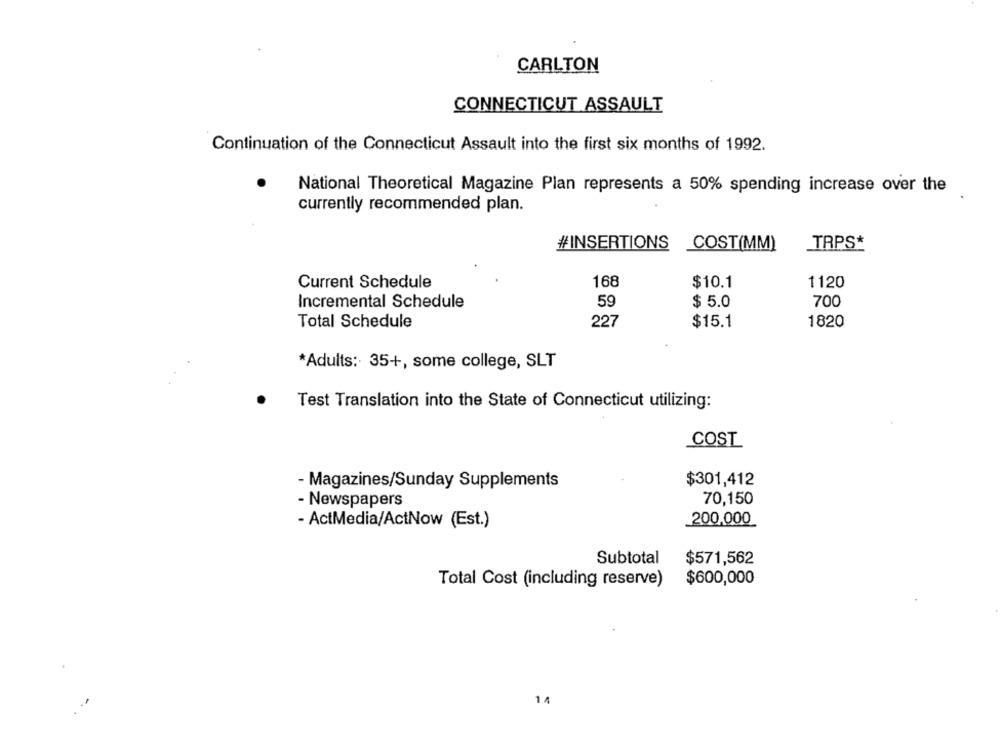
CARLTON
CONNECTICUT ASSAULT
Continuation of the Connecticut Assault into the first six months of 1992.
National Theoretical Magazine Plan represents a 50% spending increase over the
currently recommended plan.
#INSERTIONS COST(MM)
TRPS*
Current Schedule
168
$10.1
1120
Incremental Schedule
59
$ 5.0
700
227
Total Schedule
$15.1
1820
*Adults: 35+, some college, SLT
Test Translation into the State of Connecticut utilizing:
COST
- Magazines/Sunday Supplements
$301,412
- Newspapers
70,150
- ActMedia/ActNow (Est.)
200,000
Subtotal
$571,562
Total Cost (including reserve)
$600,000
14